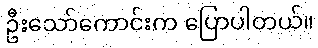
ဦးသော်ကောင်းက ပြောပါတယ်။